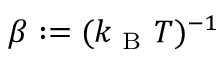
\beta : = ( k _ { \mathrm { ~ B ~ } } T ) ^ { - 1 }